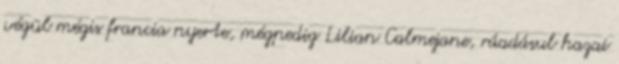
végül mégis francia nyerte, mégpedig Lilian Calmejane, ráadásul hazai